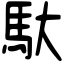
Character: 馱